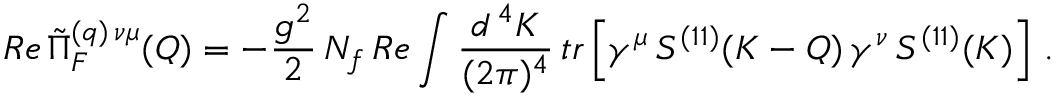
R e \, \tilde { \Pi } _ { F } ^ { ( q ) \, \nu \mu } ( Q ) = - \frac { g ^ { 2 } } { 2 } \, N _ { f } \, R e \int \frac { d ^ { \, 4 } K } { ( 2 \pi ) ^ { 4 } } \, t r \left[ \gamma ^ { \mu } \, S ^ { ( 1 1 ) } ( K - Q ) \, \gamma ^ { \nu } \, S ^ { ( 1 1 ) } ( K ) \right] \, .